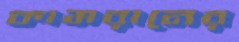
কামরানের